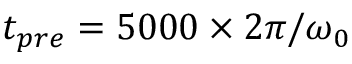
t _ { p r e } = 5 0 0 0 \times 2 \pi / \omega _ { 0 }